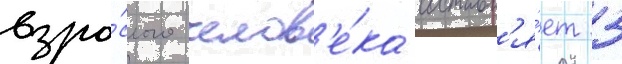
взро́слого челов'е́ка составл'я́ет 3